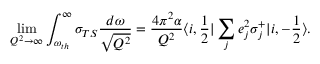
\operatorname * { l i m } _ { Q ^ { 2 } \to \infty } \int _ { \omega _ { t h } } ^ { \infty } \sigma _ { T S } \frac { d \omega } { \sqrt { Q ^ { 2 } } } = \frac { 4 \pi ^ { 2 } \alpha } { Q ^ { 2 } } \langle i , \frac 1 2 | \sum _ { j } e _ { j } ^ { 2 } \sigma _ { j } ^ { + } | i , - \frac 1 2 \rangle .